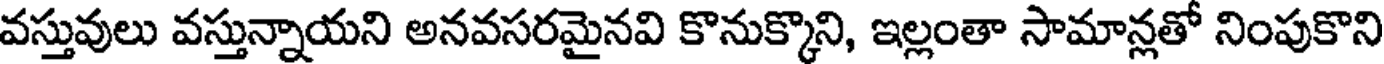
వస్తువులు వస్తున్నాయని అనవసరమైనవి కొనుక్కొని, ఇల్లంతా సామాన్లతో నింపుకొని